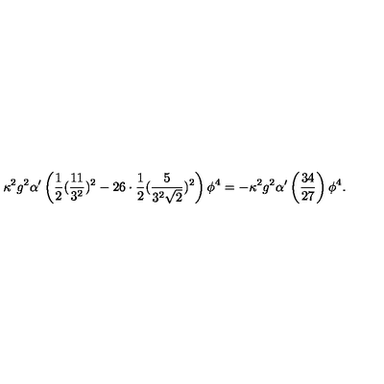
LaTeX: \kappa ^ { 2 } g ^ { 2 } \alpha ^ { \prime } \left( \frac { 1 } { 2 } ( \frac { 1 1 } { 3 ^ { 2 } } ) ^ { 2 } - 2 6 \cdot \frac { 1 } { 2 } ( \frac { 5 } { 3 ^ { 2 } \sqrt { 2 } } ) ^ { 2 } \right) \phi ^ { 4 } = - \kappa ^ { 2 } g ^ { 2 } \alpha ^ { \prime } \left( \frac { 3 4 } { 2 7 } \right) \phi ^ { 4 } .